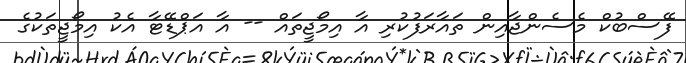
ފޭސްބުކް މެސެންޖާއިން ތައާރަފުކުރި އާ އިމޯޖީތައް -- އާ އަޕްޑޭޓާ އެކު އިމޯޖީތަކުގެ